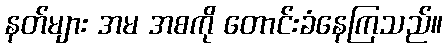
နတ်များ အမ အစကို တောင်းခံနေကြသည်။